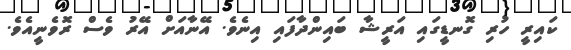
ކައިރީ ހުރި ގޮނޑީގައި އަރީޝާ ބައިންދާފައި އިނެވެ. އޭނާއަށް އޭރު ވެސް ރޮވެނީއެވެ.